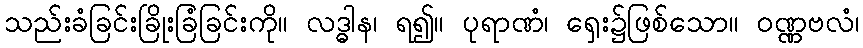
သည်းခံခြင်းခြိုးခြံခြင်းကို။ လဒ္ဓါန၊ ရ၍။ ပုရာဏံ၊ ရှေး၌ဖြစ်သော။ ဝဏ္ဏဗလံ၊